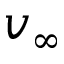
v _ { \infty }